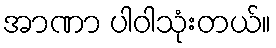
အာဏာ ပါဝါသုံးတယ်။